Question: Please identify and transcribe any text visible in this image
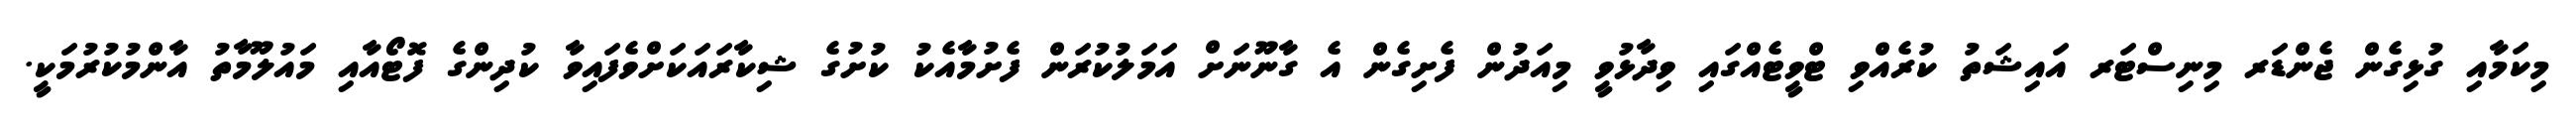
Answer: މިކަމާއި ގުޅިގެން ޖެންޑަރ މިނިސްޓަރ އައިޝަތު ކުރެއްވި ޓްވީޓެއްގައި ވިދާޅުވީ މިއަދުން ފެށިގެން އެ ގާނޫނަށް އަމަލުކުރަން ފެށުމާއެކު ކުށުގެ ޝިކާރައަކަށްވެފައިވާ ކުދިންގެ ފޮޓޯއާއި މައުލޫމާތު އާންމުކުރުމަކީ.